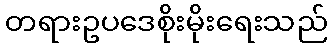
တရားဥပဒေစိုးမိုးရေးသည်